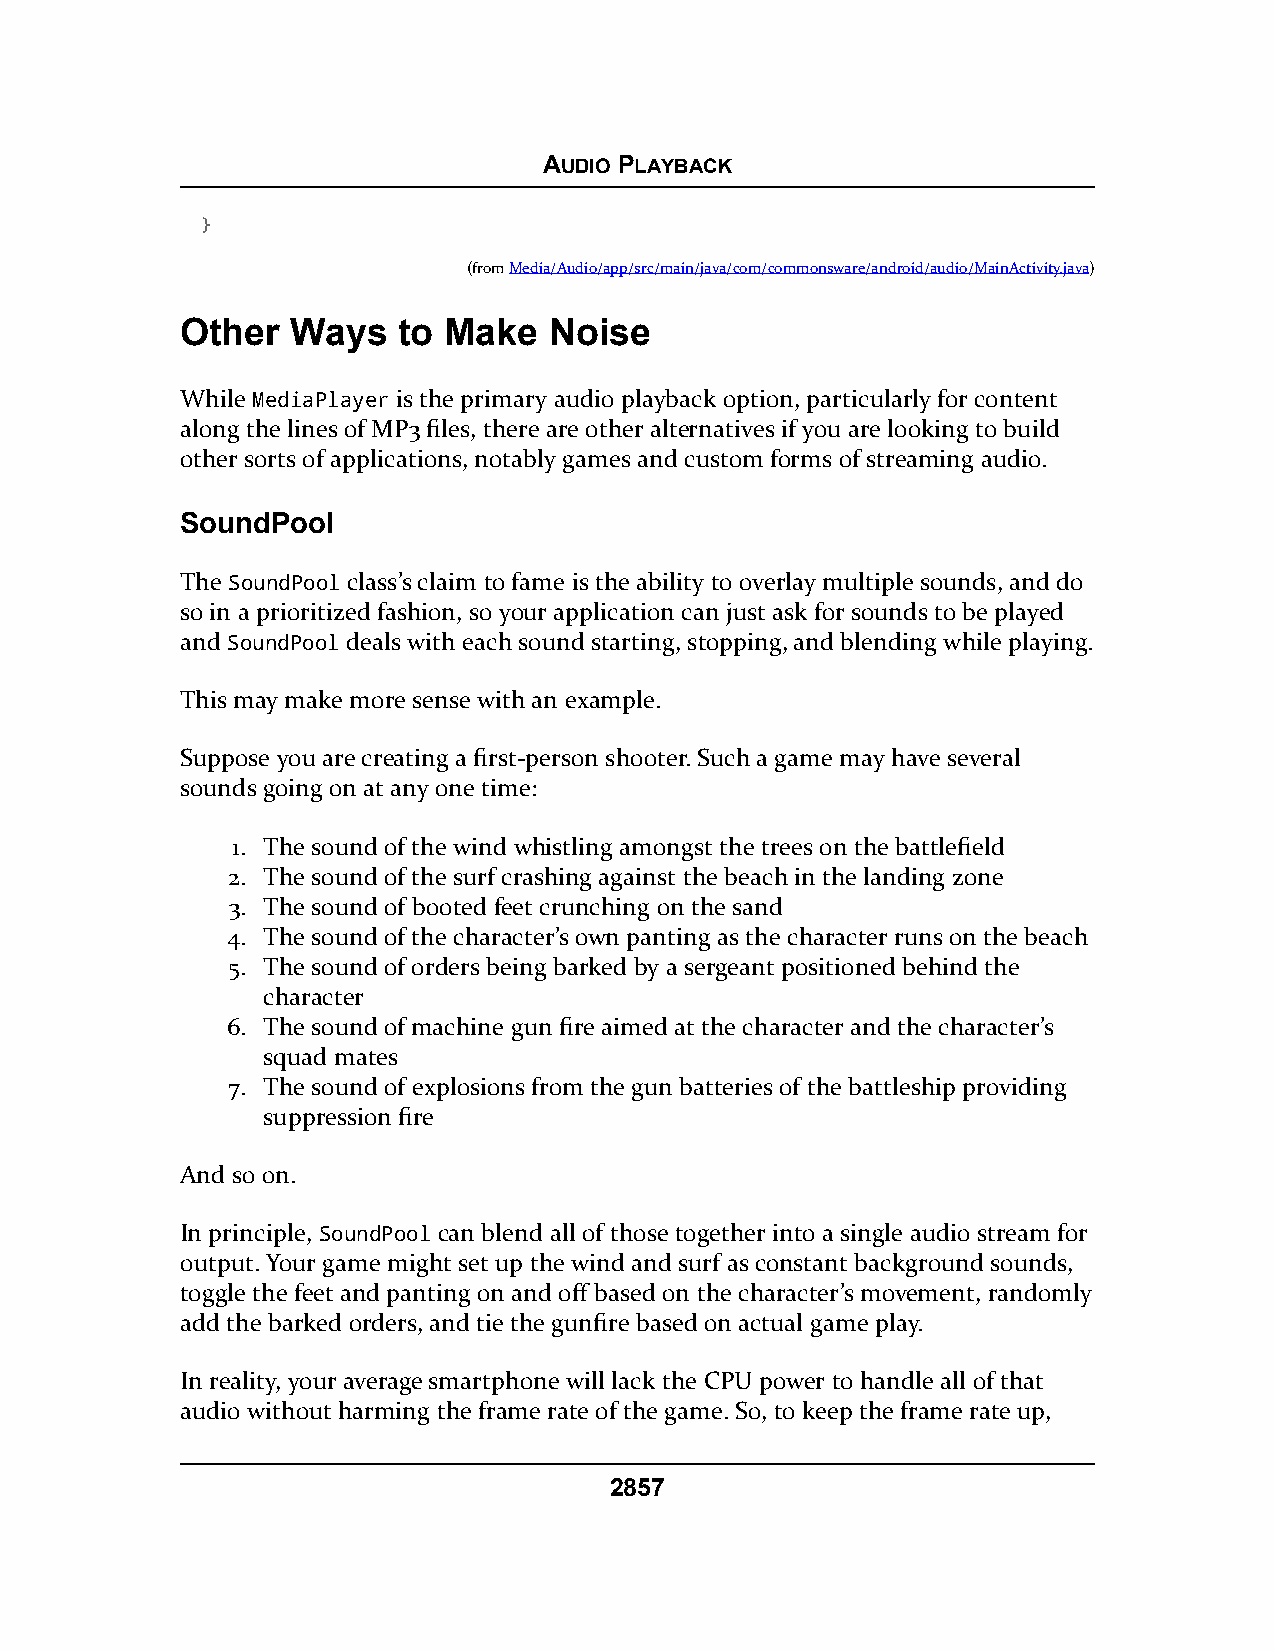
AUDIO PLAYBACK
 }
 (fromMedia/Audio/app/src/main/java/com/commonsware/android/audio/MainActivity.java)
 Other  Ways   to Make   Noise
 While MediaPlayer is the primary audio playback option, particularly for content
 along the lines of MP3 files, there are other alternatives if you are looking to build
 other sorts of applications, notably games and custom forms of streaming audio.
 SoundPool
 The SoundPool class’s claim to fame is the ability to overlay multiple sounds, and do
 so in a prioritized fashion, so your application can just ask for sounds to be played
 and SoundPool deals with each sound starting, stopping, and blending while playing.
 This may make more sense with an example.
 Suppose you are creating a first-person shooter. Such a game may have several
 sounds going on at any one time:
 1. The sound of the wind whistling amongst the trees on the battlefield
 2. The sound of the surf crashing against the beach in the landing zone
 3. The sound of booted feet crunching on the sand
 4. The sound of the character’s own panting as the character runs on the beach
 5. The sound of orders being barked by a sergeant positioned behind the
 character
 6. The sound of machine gun fire aimed at the character and the character’s
 squad mates
 7. The sound of explosions from the gun batteries of the battleship providing
 suppression fire
 And so on.
 In principle, SoundPool can blend all of those together into a single audio stream for
 output. Your game might set up the wind and surf as constant background sounds,
 toggle the feet and panting on and off based on the character’s movement, randomly
 add the barked orders, and tie the gunfire based on actual game play.
 In reality, your average smartphone will lack the CPU power to handle all of that
 audio without harming the frame rate of the game. So, to keep the frame rate up,
 2857